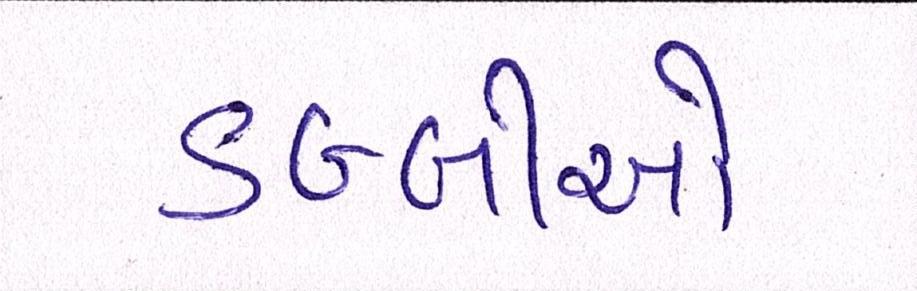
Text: ડબ્બીઓ